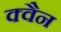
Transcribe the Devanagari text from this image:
क्वैन